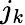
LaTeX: j_{k}